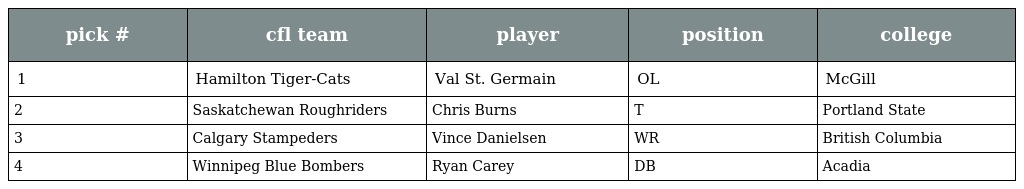
| pick # | cfl team | player | position | college |
 | --- | --- | --- | --- | --- |
 | 1 | Hamilton Tiger-Cats | Val St. Germain | OL | McGill |
 | 2 | Saskatchewan Roughriders | Chris Burns | T | Portland State |
 | 3 | Calgary Stampeders | Vince Danielsen | WR | British Columbia |
 | 4 | Winnipeg Blue Bombers | Ryan Carey | DB | Acadia |